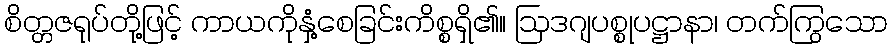
စိတ္တဇရုပ်တို့ဖြင့် ကာယကိုနှံ့စေခြင်းကိစ္စရှိ၏။ ဩဒဂျပစ္စုပဋ္ဌာနာ၊ တက်ကြွသော